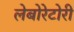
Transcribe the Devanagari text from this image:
लेबोरेटोरी